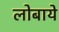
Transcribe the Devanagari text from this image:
लोबाये